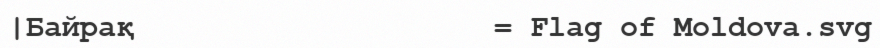
|Байрақ                    = Flag of Moldova.svg